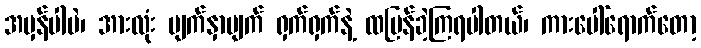
အမှန်ပါပဲ၊ အားလုံး မျက်နှာပျက် ရှက်ရှက်နဲ့ ထပြန်ခဲ့ကြရပါတယ်၊ ကားပေါ်ရောက်တော့